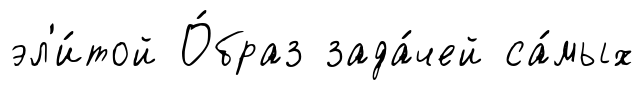
эл'и́той О́браз зада́чей са́мых